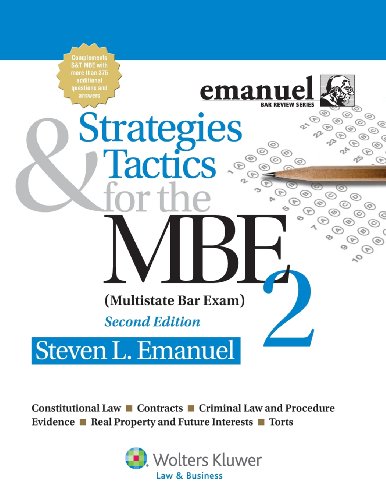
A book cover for Strategies & Tactics for the MBE 2, Second Edition (Emanuel Bar Review Series); Steven L. Emanuel; Test Preparation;